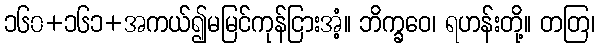
၁၆၀+၁၆၁+အကယ်၍မမြင်ကုန်ငြားအံ့။ ဘိက္ခဝေ၊ ရဟန်းတို့။ တတြ၊